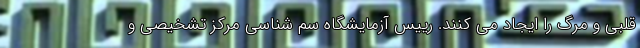
قلبی و مرگ را ایجاد می کنند. رییس آزمایشگاه سم شناسی مرکز تشخیصی و